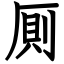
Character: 厠